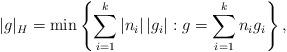
LaTeX: \begin{align*} |g|_H = \min \left\{ \sum_{i=1}^k |n_i|\,|g_i|: g = \sum_{i=1}^k n_i g_i \right\},\end{align*}